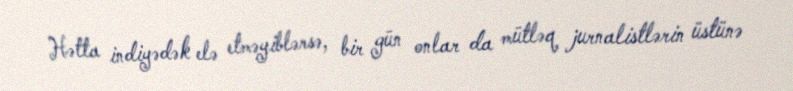
Hətta indiyədək elə etməyiblərsə, bir gün onlar da mütləq jurnalistlərin üstünə